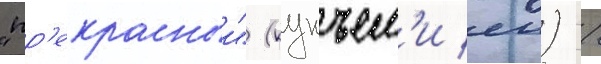
"пр'екрасныи" (кунъем'и еи) /